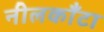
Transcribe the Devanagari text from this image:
नीलकाँटा